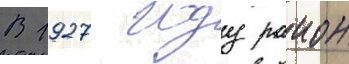
В 1927 году раион